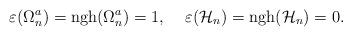
LaTeX: \begin{align*}\varepsilon(\Omega^a_n)={\rm ngh}(\Omega^a_n)=1,\;\;\;\; \varepsilon({\cal H}_n)={\rm ngh}({\cal H}_n)=0.\end{align*}